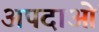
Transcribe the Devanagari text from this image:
अपदाओं